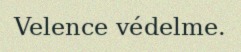
Velence védelme.